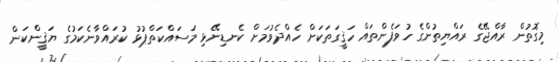
މިގޮތުން ރާއްޖޭގެ ރައްޔިތުންގެ ހުވަފެންތައް ހަޤީގަތަކަށް ހެއްދެވުމަށް ކެނޑިނޭޅި މަސައްކަތްޕުޅު ކުރައްވާނެކަމުގެ ޔަޤީންކަން